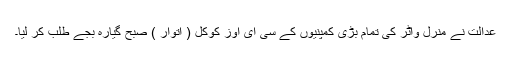
عدالت نے منرل واٹر کی تمام بڑی کمپنیوں کے سی ای اوز کوکل ( اتوار ) صبح گیارہ بجے طلب کر لیا۔